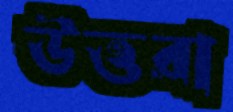
উত্তরা